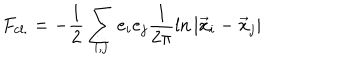
F _ { \mathrm { c l . } } = - \frac { 1 } { 2 } \sum _ { i , j } e _ { i } e _ { j } \frac { 1 } { 2 \pi } \ln \vert \vec { x } _ { i } - \vec { x } _ { j } \vert